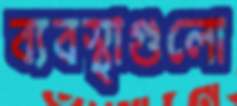
ব্যবস্থাগুলো